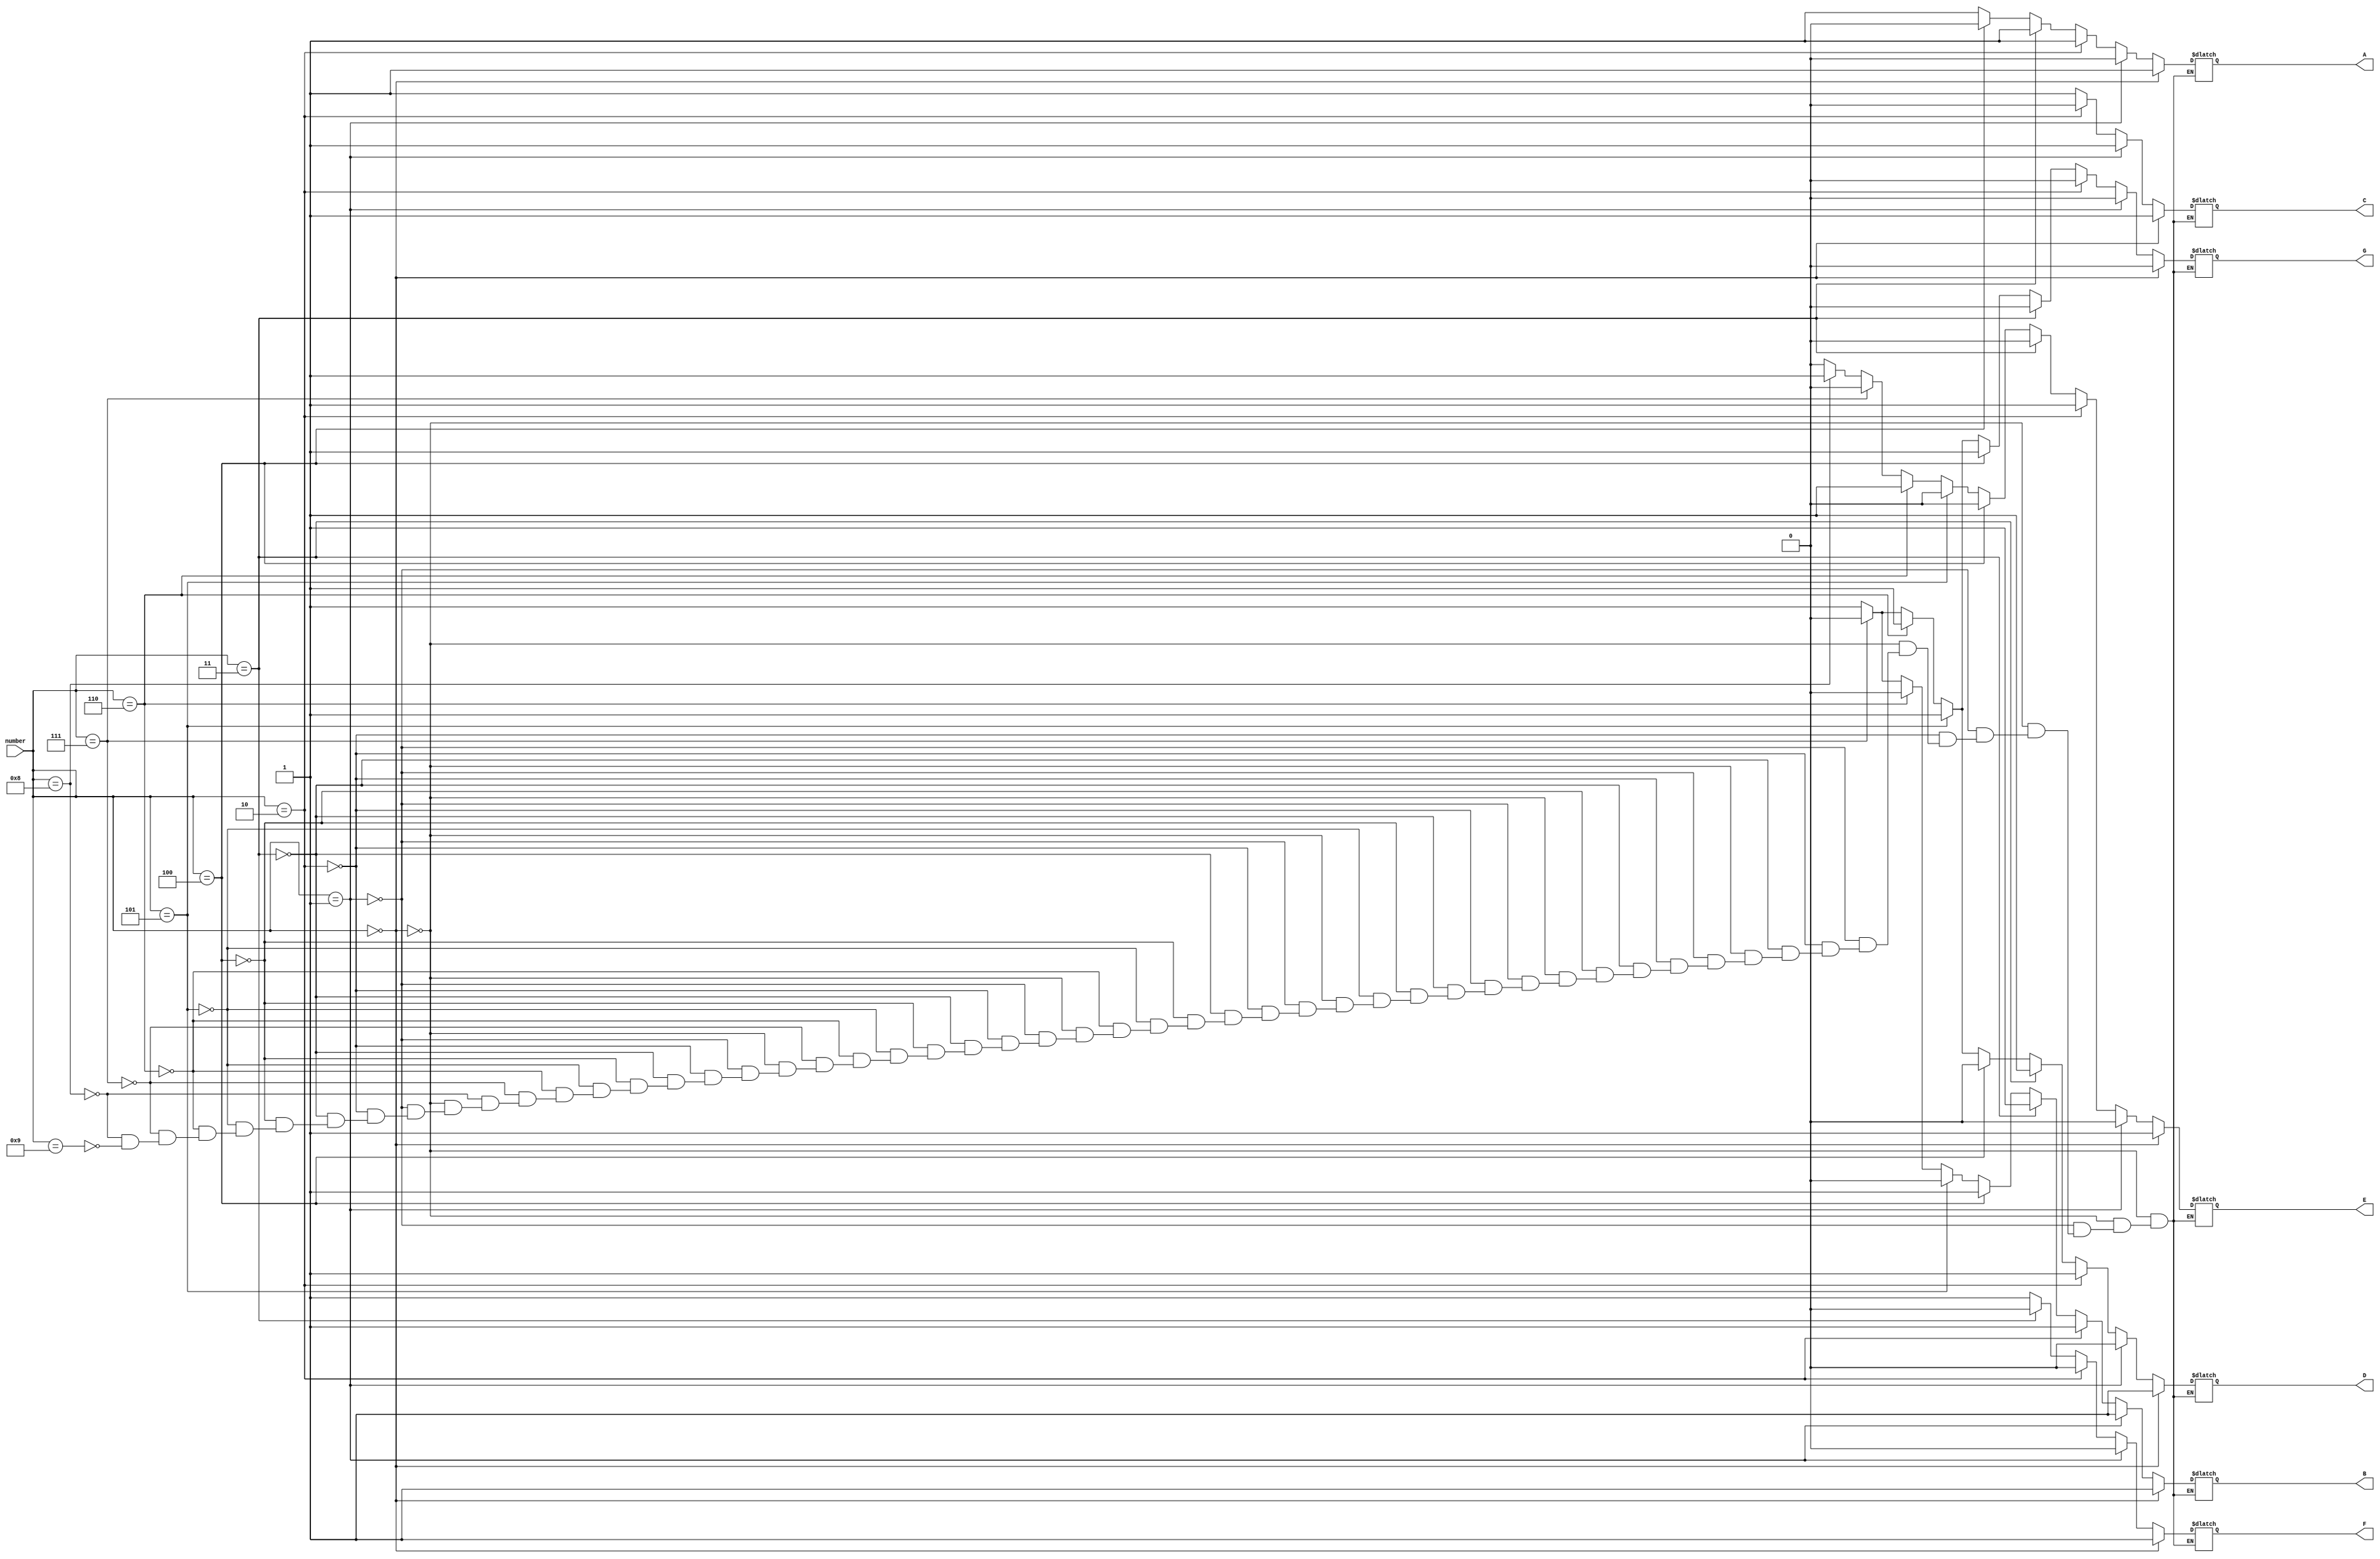
module SevenSegDecoder(
  input[3:0] number,
  output A, B, C, D, E, F, G
);

reg A,B,C,D,E,F,G;

//fix this to only combinational logic?
always @(number)
begin
  if  (number == 4'b0000)
  begin
    A = 1;
    B = 1;
    C = 1;
    D = 1;
    E = 1;
    F = 1;
    G = 0;
  end
  else if  (number == 4'b0001)
  begin
    A = 0;
    B = 1;
    C = 1;
    D = 0;
    E = 0;
    F = 0;
    G = 0;
  end
  else if  (number == 4'b0010)
  begin
    A = 1;
    B = 1;
    C = 0;
    D = 1;
    E = 1;
    F = 0;
    G = 0;
  end
  else if  (number == 4'b0011)
  begin
    A = 1;
    B = 1;
    C = 1;
    D = 1;
    E = 0;
    F = 0;
    G = 0;
  end
  else if  (number == 4'b0100)
  begin
    A = 0;
    B = 1;
    C = 1;
    D = 0;
    E = 0;
    F = 1;
    G = 1;
  end
  else if  (number == 4'b0101)
  begin
    A = 1;
    B = 0;
    C = 1;
    D = 1;
    E = 0;
    F = 1;
    G = 1;
  end
  else if  (number == 4'b0110)
  begin
    A = 1;
    B = 0;
    C = 1;
    D = 1;
    E = 1;
    F = 1;
    G = 1;
  end
  else if  (number == 4'b0111)
  begin
    A = 1;
    B = 0;
    C = 1;
    D = 0;
    E = 0;
    F = 1;
    G = 0;
  end
  else if  (number == 4'b1000)
  begin
    A = 1;
    B = 1;
    C = 1;
    D = 1;
    E = 1;
    F = 1;
    G = 1;
  end
  else if  (number == 4'b1001)
  begin
    A = 1;
    B = 1;
    C = 1;
    D = 1;
    E = 0;
    F = 1;
    G = 1;
  end
end 
endmodule